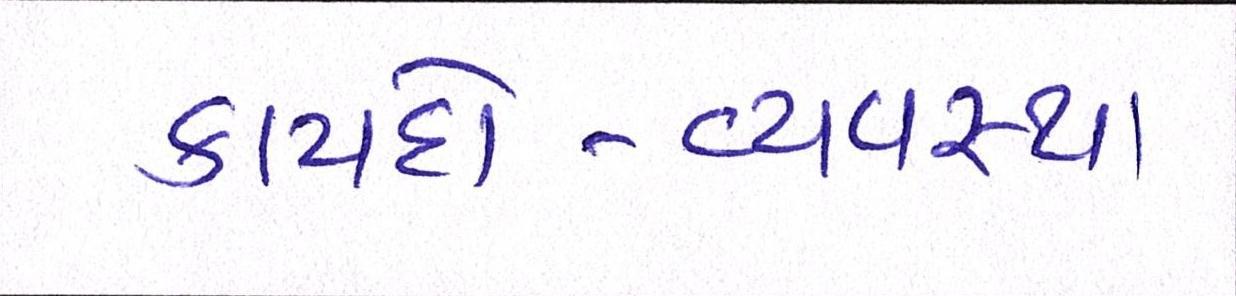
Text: કાયદો-વ્યવસ્થા